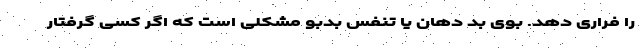
را فراری دهد. بوی بد دهان یا تنفس بدبو مشکلی است که اگر کسی گرفتار